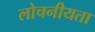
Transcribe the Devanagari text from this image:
लोचनीयता